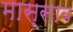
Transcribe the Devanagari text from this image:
मास्साब